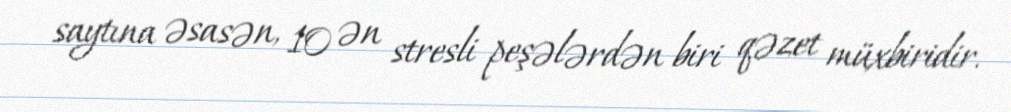
saytına əsasən, 10 ən stresli peşələrdən biri qəzet müxbiridir.